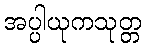
အပ္ပါယုကသုတ္တ